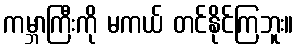
ကမ္ဘာကြီးကို မကယ် တင်နိုင်ကြဘူး။